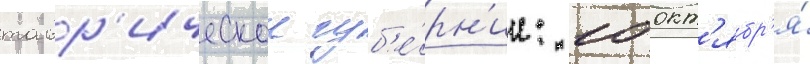
тавр'ическои губ'е́рн'ии: 10 окт'ябр'я́